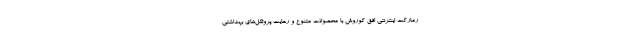
رمارکت اینترنتی افق کوروش با محصولات متنوع و رعایت پروتکل‌های بهداشتی